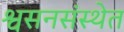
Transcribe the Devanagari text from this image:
श्वसनसंस्थेत